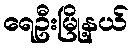
ရေဦးမြို့နယ်